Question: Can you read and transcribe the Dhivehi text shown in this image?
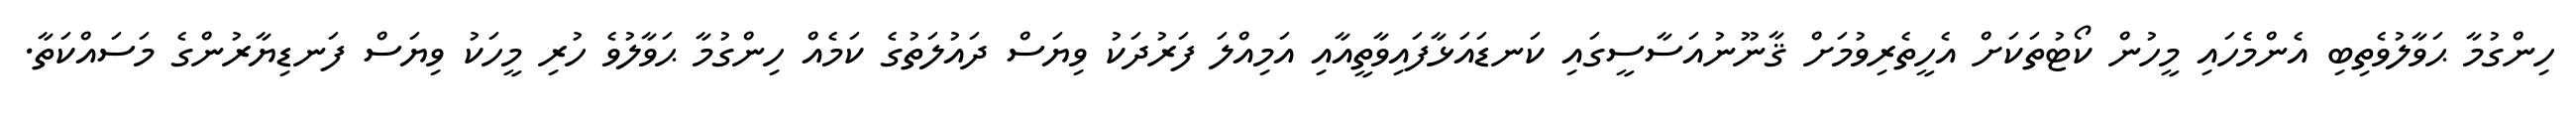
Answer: ހިންގުމާ ޙަވާލުވެތިބި އެންމެހައި މީހުން ކޯޓުތަކަށް އެހީތެރިވުމަށް ޤާނޫނުއަސާސީގައި ކަނޑައަޅާފައިވާތީއާއި އަމިއްލަ ފަރުދަކު ވިޔަސް ދައުލަތުގެ ކަމެއް ހިންގުމާ ޙަވާލުވެ ހުރި މީހަކު ވިޔަސް ފަނޑިޔާރުންގެ މަސައްކަތާ.